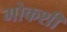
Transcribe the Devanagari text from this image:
गोकशी